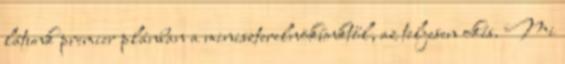
látunk premier plánban a miniszterelnökünktől, az teljesen okés. Mi